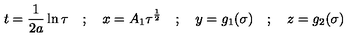
t = \frac { 1 } { 2 a } \ln \tau \quad ; \quad x = A _ { 1 } { \tau } ^ { \frac { 1 } { 2 } } \quad ; \quad y = g _ { 1 } ( \sigma ) \quad ; \quad z = g _ { 2 } ( \sigma )